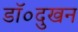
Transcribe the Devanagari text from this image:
डॉ०दुखन